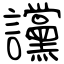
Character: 讜